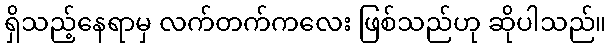
ရှိသည့်နေရာမှ လက်တက်ကလေး ဖြစ်သည်ဟု ဆိုပါသည်။